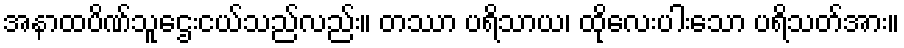
အနာထပိဏ်သူဌေးငယ်သည်လည်း။ တဿာ ပရိသာယ၊ ထိုလေးပါးသော ပရိသတ်အား။